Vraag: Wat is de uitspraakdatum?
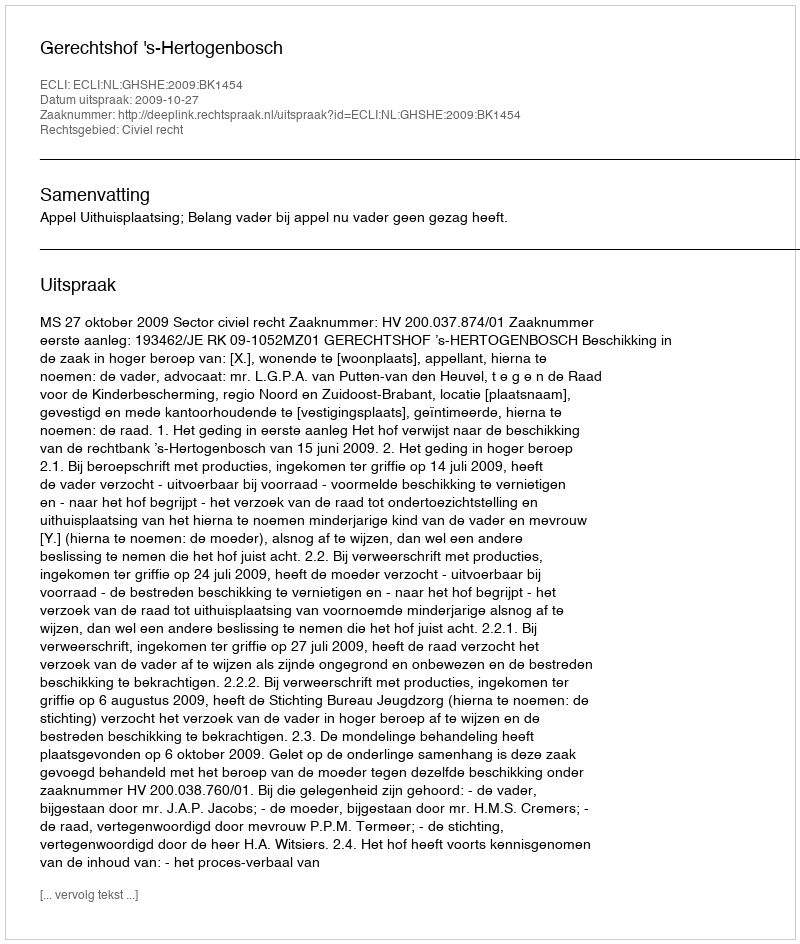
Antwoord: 2009-10-27